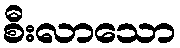
စီးလာသော